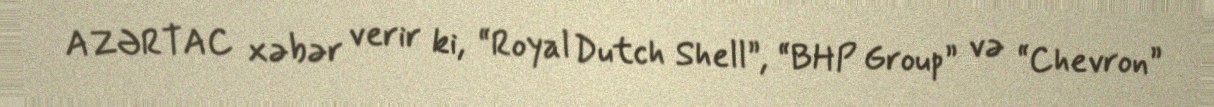
AZƏRTAC xəbər verir ki, “Royal Dutch Shell”, “BHP Group” və “Chevron”